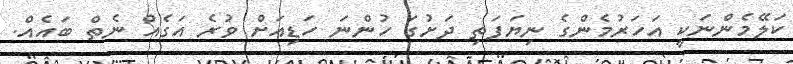
ކަލޭމެންނަކީ އަހަރުމެންގެ ނިޔަފަތި ދަށުގަ ހުންނަ ހަޑިއަށް ވުރެ އަގެއް ނެތް ބައެއް.